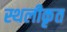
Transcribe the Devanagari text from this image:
स्थलीकृत